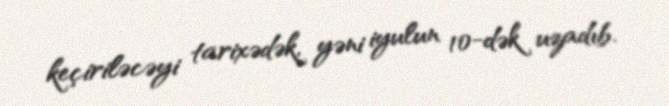
keçiriləcəyi tarixədək, yəni iyulun 10-dək uzadıb.